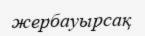
жербауырсақ